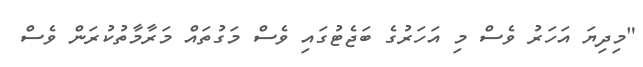
"މިދިޔަ އަހަރު ވެސް މި އަހަރުގެ ބަޖެޓުގައި ވެސް މަގުތައް މަރާމާތުކުރަން ވެސް